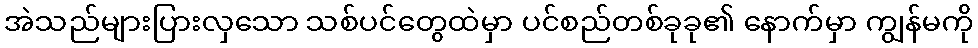
အဲသည်များပြားလှသော သစ်ပင်တွေထဲမှာ ပင်စည်တစ်ခုခု၏ နောက်မှာ ကျွန်မကို